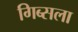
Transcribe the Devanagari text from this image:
गिब्सला